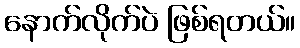
နောက်လိုက်ပဲ ဖြစ်ရတယ်။